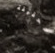
للحقيقة